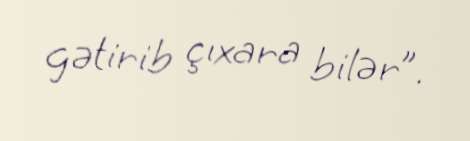
gətirib çıxara bilər”.